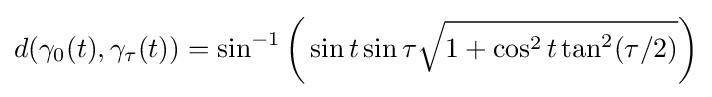
d(\gamma _{0}(t),\gamma _{\tau }(t))=\sin ^{-1}{\bigg (}\sin t\sin \tau {\sqrt {1+\cos ^{2}t\tan ^{2}(\tau /2)}}{\bigg )}